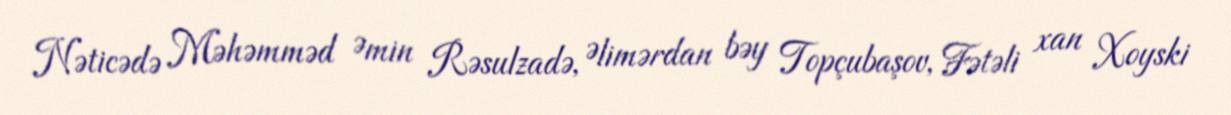
Nəticədə Məhəmməd Əmin Rəsulzadə, Əlimərdan bəy Topçubaşov, Fətəli xan Xoyski